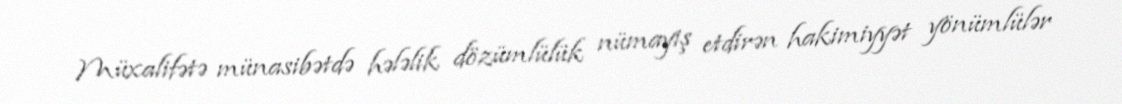
Müxalifətə münasibətdə hələlik dözümlülük nümayiş etdirən hakimiyyət yönümlülər